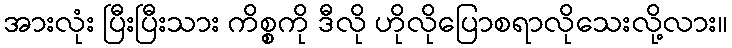
အားလုံး ပြီးပြီးသား ကိစ္စကို ဒီလို ဟိုလိုပြောစရာလိုသေးလို့လား။